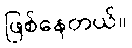
ဖြစ်နေတယ်။